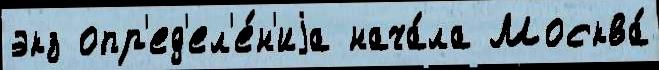
экз опр'ед'ел'е́н'иjа нача́ла Москва́